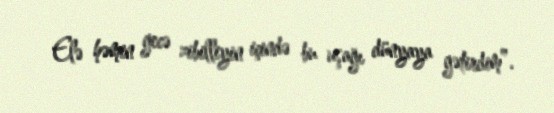
Elə həmin gecə zibilliyin içində bu uşağı dünyaya gətirdim”.